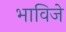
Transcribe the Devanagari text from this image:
भाविजे